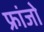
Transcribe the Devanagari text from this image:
फ्रांजो